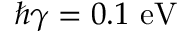
\hbar \gamma = 0 . 1 \ \mathrm { e V }